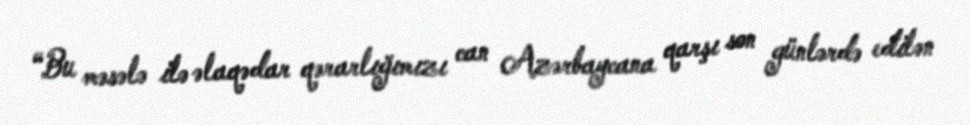
“Bu məsələ ilə əlaqədar qərarlığımızı can Azərbaycana qarşı son günlərdə edilən